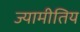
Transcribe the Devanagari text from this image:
ज्यामीतिय